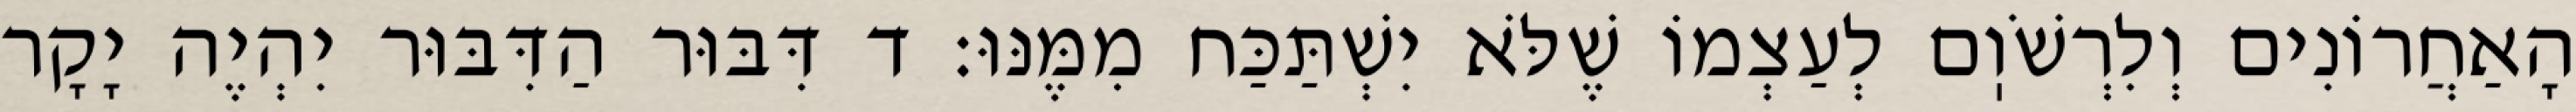
הָאַחֲרוֹנִים וְלִרְשֹׁוֽם לְעַצְמוֹ שֶׁלֹּא יִשְׁתַּכַּח מִמֶּנּוּ: ד דִּבּוּר הַדִּבּוּר יִהְיֶה יָקָר